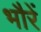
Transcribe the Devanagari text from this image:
भौरें